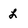
Character: L